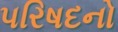
પરિષદનો